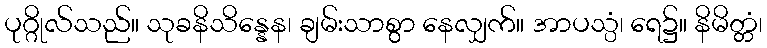
ပုဂ္ဂိုလ်သည်။ သုခနိသိန္နေန၊ ချမ်းသာစွာ နေလျှက်။ အာပသ္ပံ၊ ရေ၌။ နိမိတ္တံ၊